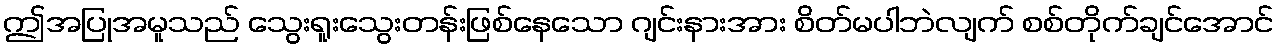
ဤအပြုအမူသည် သွေးရူးသွေးတန်းဖြစ်နေသော ဂျင်းနားအား စိတ်မပါဘဲလျက် စစ်တိုက်ချင်အောင်